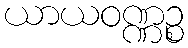
ယာယဝဏ္ဏဉ္စ